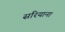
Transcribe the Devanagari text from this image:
सरियाना